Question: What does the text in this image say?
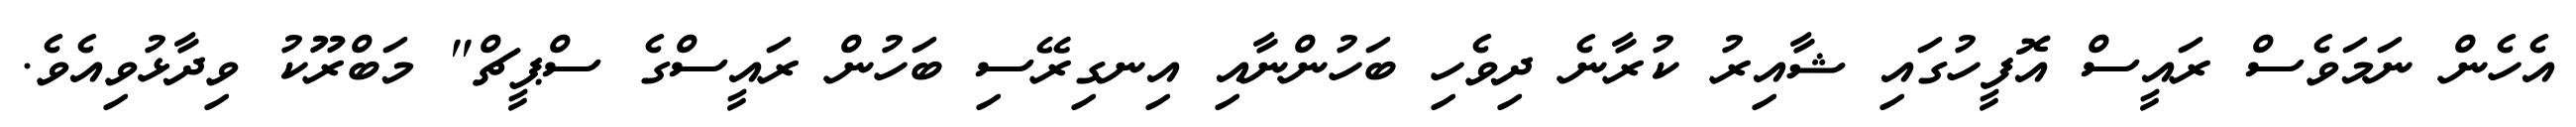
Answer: އެހެން ނަމަވެސް ރައީސް އޮފީހުގައި ޝާއިރު ކުރާނެ ދިވެހި ބަހުންނާއި އިނގިރޭސި ބަހުން ރައީސްގެ ސްޕީޗް" މަބްރޫކު ވިދާޅުވިއެވެ.